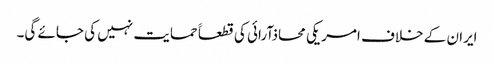
ایران کے خلاف امریکی محاذآرائی کی قطعاََ حمایت نہیں کی جائے گی۔